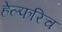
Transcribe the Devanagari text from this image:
हेल्फरिच